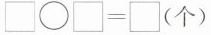
$$\square \bigcirc \square = \square (个)$$